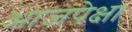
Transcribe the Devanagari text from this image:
आजपेक्षा